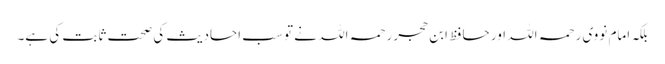
بلکہ امام نووی رحمہ اللہ اور حافظ ابن حجر رحمہ اللہ نے تو سب احادیث کی صحت ثابت کی ہے۔